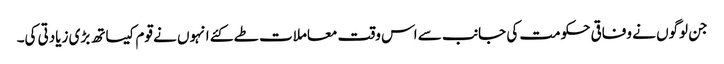
جن لوگوں نے وفاقی حکومت کی جانب سے اس وقت معاملات طے کئے انہوں نے قوم کیساتھ بڑی زیادتی کی۔